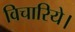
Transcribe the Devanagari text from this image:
विचारिये।